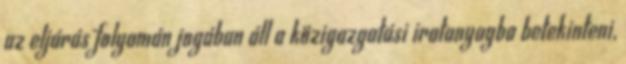
az eljárás folyamán jogában áll a közigazgatási iratanyagba betekinteni,